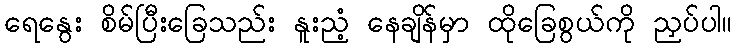
ရေနွေး စိမ်ပြီးခြေသည်း နူးညံ့ နေချိန်မှာ ထိုခြေစွယ်ကို ညှပ်ပါ။